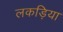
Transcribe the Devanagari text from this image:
लकड़िया